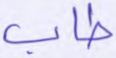
طاب